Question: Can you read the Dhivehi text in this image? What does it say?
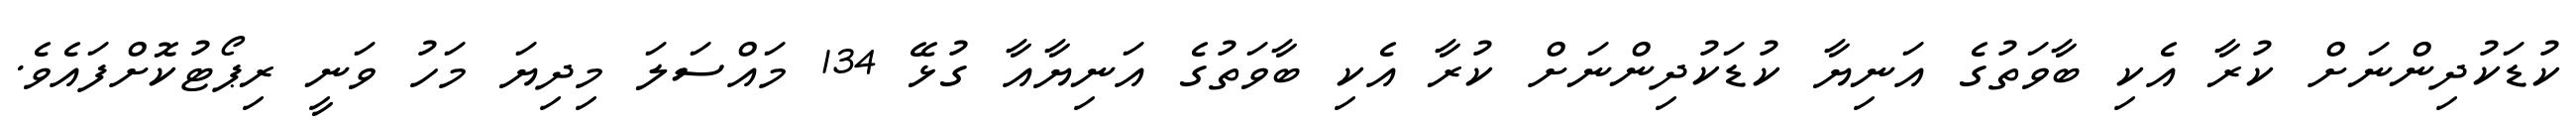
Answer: ކުޑަކުދިންނަށް ކުރާ އެކި ބާވަތުގެ އަނިޔާ ކުޑަކުދިންނަށް ކުރާ އެކި ބާވަތުގެ އަނިޔާއާ ގުޅޭ 134 މައްސަލަ މިދިޔަ މަހު ވަނީ ރިޕޯޓުކޮށްފައެވެ.